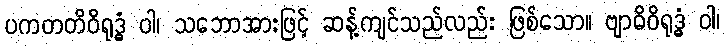
ပကတတိဝိရုဒ္ဓံ ဝါ၊ သဘောအားဖြင့် ဆန့်ကျင်သည်လည်း ဖြစ်သော။ ဗျာဓိဝိရုဒ္ဓံ ဝါ၊